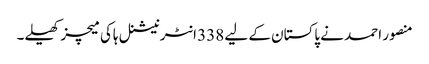
منصور احمد نے پاکستان کے لیے 338 انٹرنیشنل ہاکی میچز کھیلے۔